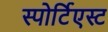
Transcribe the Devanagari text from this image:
स्पोर्टिएस्ट